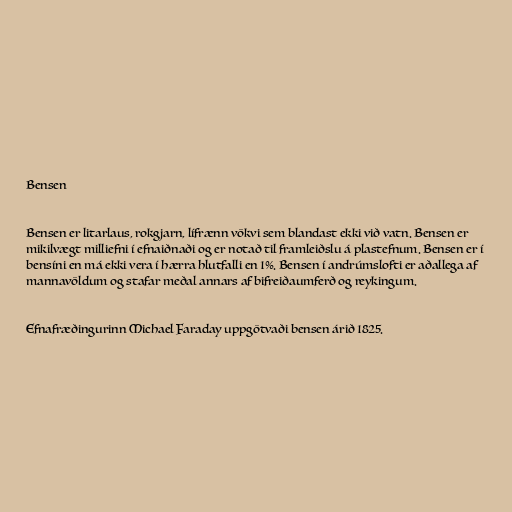
Bensen

Bensen er litarlaus, rokgjarn, lífrænn vökvi sem blandast ekki við vatn. Bensen er
mikilvægt milliefni í efnaiðnaði og er notað til framleiðslu á plastefnum. Bensen er í
bensíni en má ekki vera í hærra hlutfalli en 1%. Bensen í andrúmslofti er aðallega af
mannavöldum og stafar meðal annars af bifreiðaumferð og reykingum.

Efnafræðingurinn Michael Faraday uppgötvaði bensen árið 1825.